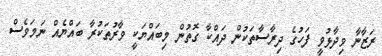
ރަޒާނާ ވިދާޅުވީ ފަހުގެ ދިރާސާތަކުން ދައްކާ ގޮތުން މިބައްޔަކީ ވާރުތަކުރާ ބައްޔެއް ނަމަވެސް